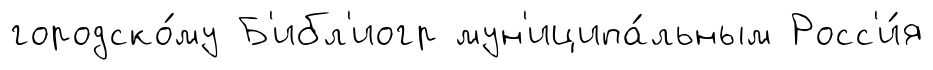
городско́му Б'ибл'иогр мун'иципа́льным Росс'и́я